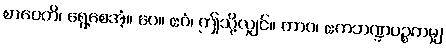
စာဝေတိ၊ ရွေ့စေအံ့။ ပေ။ ဧဝံ၊ ဤသို့လျှင်။ တာဝ၊ ဧကဘဏ္ဍပဉ္စကမျှ